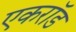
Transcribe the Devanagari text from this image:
एकरॉड